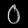
Digit: ၀